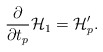
\begin{align*}\frac{\partial}{\partial t_p} {\cal H}_1 = {\cal H}_p'.\end{align*}